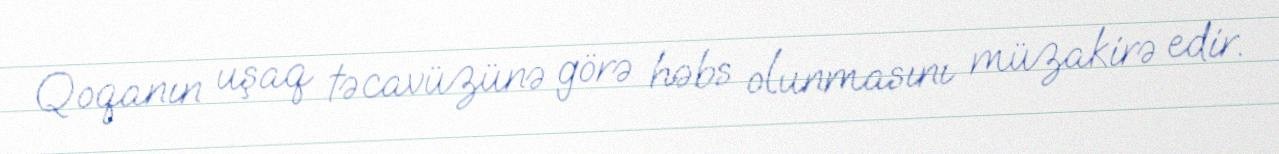
Qoqanın uşaq təcavüzünə görə həbs olunmasını müzakirə edir.